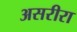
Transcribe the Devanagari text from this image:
असरीरा